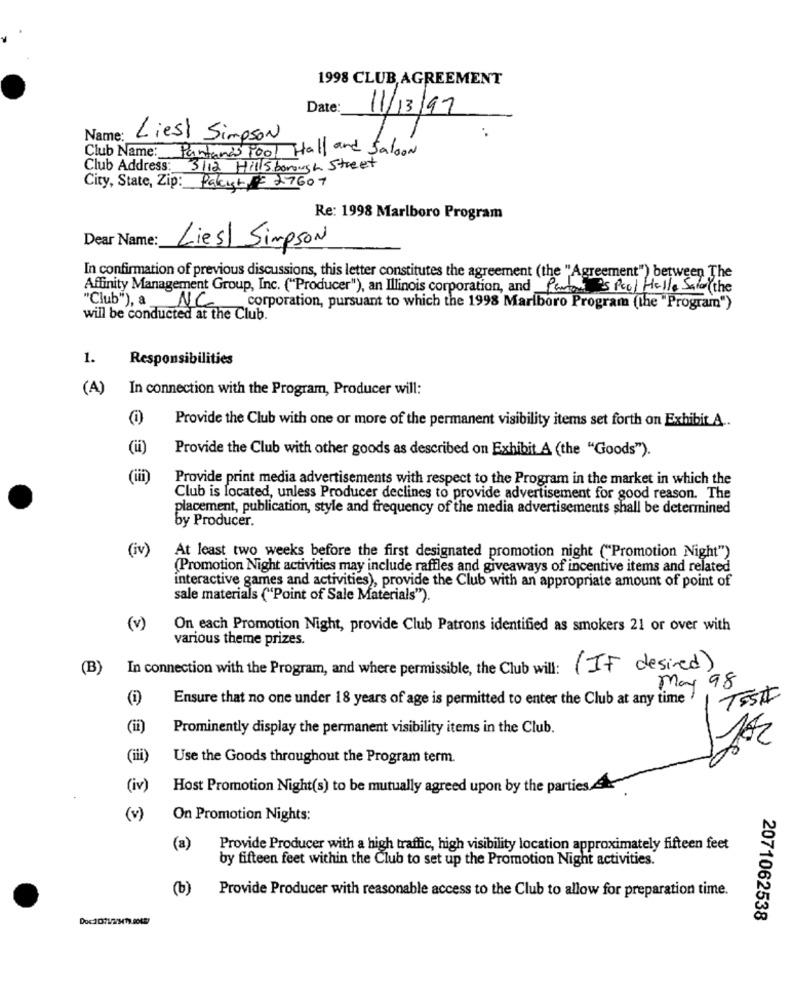
1998 CLUB AGREEMENT
Date:
11/13/97
Name :_
Liest Simpson
Club Name: Pantanas Pool Hall and Saloon
Club Address:
3112 Hillsborough Street
City, State, Zip: Pakist 27607
Re: 1998 Marlboro Program
Dear Name:
Liest Simpson
In confirmation of previous discussions, this letter constitutes the agreement (the "Agreement") between The
Affinity Management Group, Inc. ("Producer"), an Illinois corporation, and Parton is Pool Helle Said the
"Club"), a NC
corporation, pursuant to which the 1998 Marlboro Program (the "Program")
will be conducted at the Club.
1.
Responsibilities
(A)
In connection with the Program, Producer will:
Provide the Club with one or more of the permanent visibility items set forth on Exhibit A ..
(ii)
Provide the Club with other goods as described on Exhibit A (the "Goods").
(iii)
Provide print media advertisements with respect to the Program in the market in which the
Club is located, unless Producer declines to provide advertisement for good reason. The
placement, publication, style and frequency of the media advertisements shall be determined
by Producer.
(iv)
At least two weeks before the first designated promotion night ("Promotion Night")
(Promotion Night activities may include raffles and giveaways of incentive items and related
interactive games and activities), provide the Club with an appropriate amount of point of
sale materials ("Point of Sale Materials").
(v)
On each Promotion Night, provide Club Patrons identified as smokers 21 or over with
various theme prizes.
(B)
In connection with the Program, and where permissible, the Club will: (IF desired)
May 98
(i)
Ensure that no one under 18 years of age is permitted to enter the Club at any time
TESTI
(ii)
Prominently display the permanent visibility items in the Club.
(iii)
Use the Goods throughout the Program term.
(iv)
Host Promotion Night(s) to be mutually agreed upon by the parties4
(v)
On Promotion Nights:
(a)
Provide Producer with a high traffic, high visibility location approximately fifteen feet
by fifteen feet within the Club to set up the Promotion Night activities.
(b)
Provide Producer with reasonable access to the Club to allow for preparation time.
2071062538